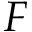
F